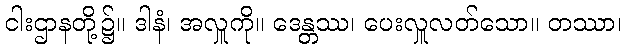
ငါးဌာနတို့၌။ ဒါနံ၊ အလှူကို။ ဒေန္တဿ၊ ပေးလှူလတ်သော။ တဿာ၊